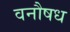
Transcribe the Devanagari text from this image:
वनौषध